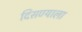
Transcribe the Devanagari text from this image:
दिसण्याला